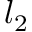
l _ { 2 }